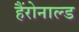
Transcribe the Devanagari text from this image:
हैंरोनाल्ड